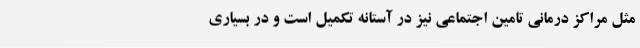
مثل مراکز درمانی تامین اجتماعی نیز در آستانه تکمیل است و در بسیاری